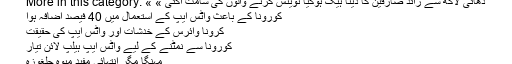
More in this category: « ڈھائی لاکھ سے زائد صارفین کا ڈیٹا ہیک ہوگیا ٹویٹس کرنے والوں کی شامت آگئی »
کورونا کے باعث واٹس ایپ کے استعمال میں 40 فیصد اضافہ ہوا
کرونا وائرس کے خدشات اور واٹس ایپ کی حقیقت
کورونا سے نمٹنے کے لیے واٹس ایپ ہیلپ لائن تیار
مہنگا مگر انتہائی مفید میوہ چلغوزہ